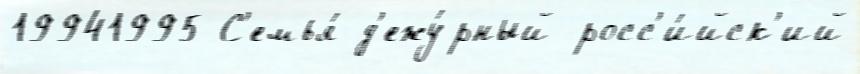
19941995 С'емья́ д'ежу́рный росс'и́йск'ий